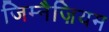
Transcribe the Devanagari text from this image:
जिम्नैज़ियम